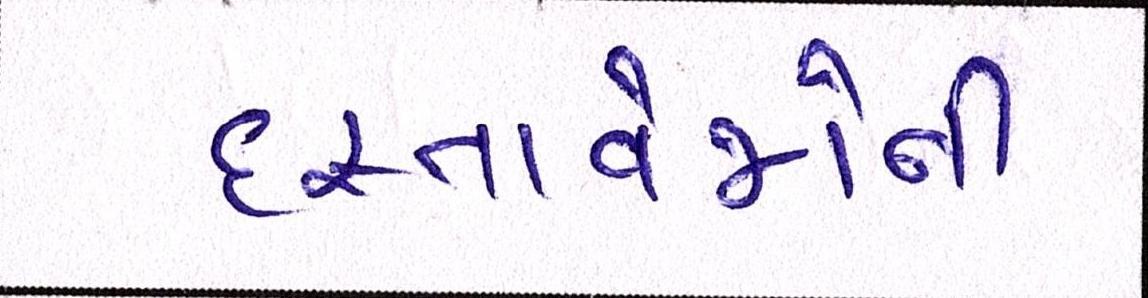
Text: દસ્તાવેજોની